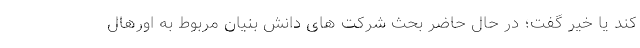
کند یا خیر گفت؛ در حال حاضر بحث شرکت های دانش بنیان مربوط به اورهال